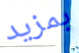
بمزيد